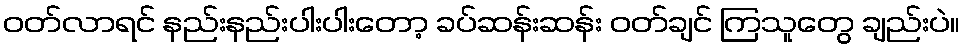
ဝတ်လာရင် နည်းနည်းပါးပါးတော့ ခပ်ဆန်းဆန်း ဝတ်ချင် ကြသူတွေ ချည်းပဲ။